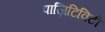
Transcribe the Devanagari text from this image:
पाज़िटिविटी